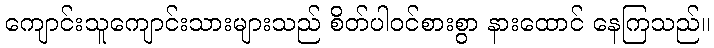
ကျောင်းသူကျောင်းသားများသည် စိတ်ပါဝင်စားစွာ နားထောင် နေကြသည်။